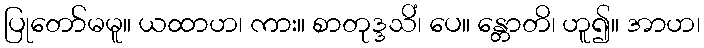
ပြုတော်မမူ။ ယထာဟ၊ ကား။ စာတုဒ္ဒသိံ၊ ပေ။ န္တောတိ၊ ဟူ၍။ အာဟ၊